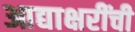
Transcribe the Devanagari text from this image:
आद्याक्षरींची